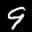
Label: 9